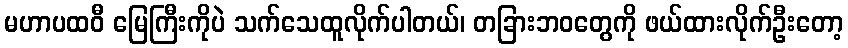
မဟာပထဝီ မြေကြီးကိုပဲ သက်သေထူလိုက်ပါတယ်၊ တခြားဘဝတွေကို ဖယ်ထားလိုက်ဦးတော့